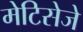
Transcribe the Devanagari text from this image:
मेटिसेजे